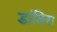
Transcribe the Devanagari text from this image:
डांबिस